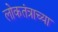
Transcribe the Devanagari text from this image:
लोकतंत्राच्या